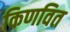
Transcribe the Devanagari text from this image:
किणवित